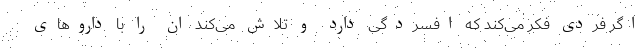
اگر فردی فکر می‌کند که افسردگی دارد و تلاش می‌کند ان را با داروهای